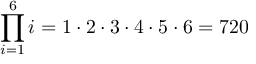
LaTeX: \prod _ { i = 1 } ^ { 6 } i = 1 \cdot 2 \cdot 3 \cdot 4 \cdot 5 \cdot 6 = 7 2 0